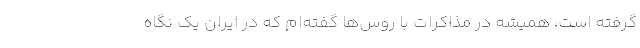
گرفته است، همیشه در مذاکرات با روس‌ها گفته‌ام که در ایران یک نگاه